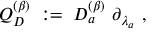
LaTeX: Q _ { D } ^ { ( \beta ) } \; : = \; D _ { a } ^ { ( \beta ) } \ \partial _ { \lambda _ { a } } \ ,